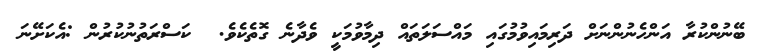
ބޭނުންކުރާ އަންހެނުންނަށް ދަރިމައިވުމުގައި މައްސަލަތައް ދިމާވުމަކީ ވެދާނެ ގޮތެކެވެ.  ކަސްރަތުނުކުރުން :އެކަށޭނަ